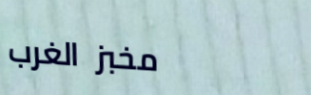
مخبز الغرب